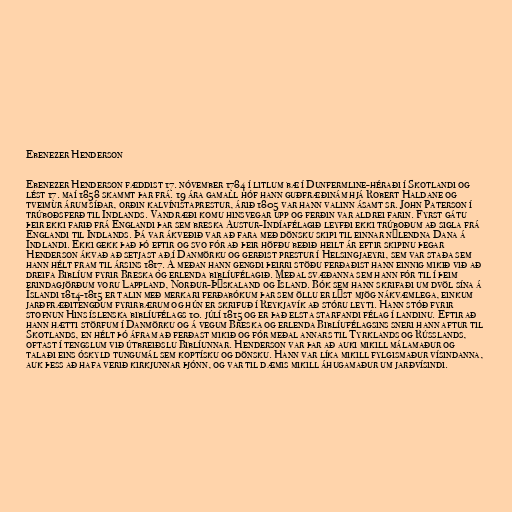
Ebenezer Henderson

Ebenezer Henderson fæddist 17. nóvember 1784 í litlum bæ í Dunfermline-héraði í Skotlandi og
lést 17. maí 1858 skammt þar frá. 19 ára gamall hóf hann guðfræðinám hjá Robert Haldane og
tveimur árum síðar, orðin kalvínistaprestur, árið 1805 var hann valinn ásamt sr. John Paterson í
trúboðsferð til Indlands. Vandræði komu hinsvegar upp og ferðin var aldrei farin. Fyrst gátu
þeir ekki farið frá Englandi þar sem breska Austur-Indíafélagið leyfði ekki trúboðum að sigla frá
Englandi til Indlands. Þá var ákveðið var að fara með dönsku skipi til einnar nýlendna Dana á
Indlandi. Ekki gekk það þó eftir og svo fór að þeir höfðu beðið heilt ár eftir skipinu þegar
Henderson ákvað að setjast að í Danmörku og gerðist prestur í Helsingjaeyri, sem var staða sem
hann hélt fram til ársins 1817. Á meðan hann gengdi þeirri stöðu ferðaðist hann einnig mikið við að
dreifa Biblíum fyrir Breska og erlenda biblíufélagið. Meðal svæðanna sem hann fór til í þeim
erindagjörðum voru Lappland, Norður-Þýskaland og Ísland. Bók sem hann skrifaði um dvöl sína á
Íslandi 1814-1815 er talin með merkari ferðabókum þar sem öllu er lýst mjög nákvæmlega, einkum
jarðfræðitengdum fyrirbærum og hún er skrifuð í Reykjavík að stóru leyti. Hann stóð fyrir
stofnun Hins íslenska biblíufélags 10. júlí 1815 og er það elsta starfandi félag í landinu. Eftir að
hann hætti störfum í Danmörku og á vegum Breska og erlenda Biblíufélagsins sneri hann aftur til
Skotlands, en hélt þó áfram að ferðast mikið og fór meðal annars til Tyrklands og Rússlands,
oftast í tengslum við útbreiðslu Biblíunnar. Henderson var þar að auki mikill málamaður og
talaði eins óskyld tungumál sem koptísku og dönsku. Hann var líka mikill fylgismaður vísindanna,
auk þess að hafa verið kirkjunnar þjónn, og var til dæmis mikill áhugamaður um jarðvísindi.